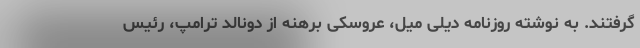
گرفتند. به نوشته روزنامه دیلی میل، عروسکی برهنه از دونالد ترامپ، رئیس